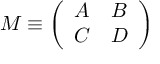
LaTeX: M \equiv \left( \begin{array} { c c } { { A } } & { { B } } \\ { { C } } & { { D } } \end{array} \right)